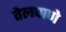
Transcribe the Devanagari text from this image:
तेलघाणे